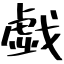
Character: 戯